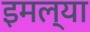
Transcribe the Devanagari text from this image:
इमल्या